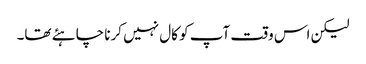
لیکن اس وقت آپ کو کال نہیں کرنا چاہئے تھا۔